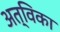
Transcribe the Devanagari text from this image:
अत्विका